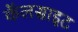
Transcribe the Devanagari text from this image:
कॅलसाइट